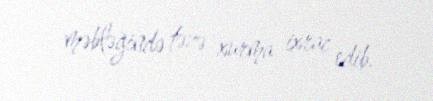
məbləğində təzə xurma ixrac edib.